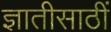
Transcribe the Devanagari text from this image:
ज्ञातीसाठीं